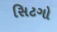
સિટગો